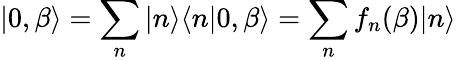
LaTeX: |0,\beta\rangle=\sum_{n}|n\rangle\langle n|0,\beta\rangle=\sum_{n}f_{n}(\beta)|n\rangle